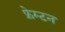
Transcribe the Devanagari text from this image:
फ्रेम्टन